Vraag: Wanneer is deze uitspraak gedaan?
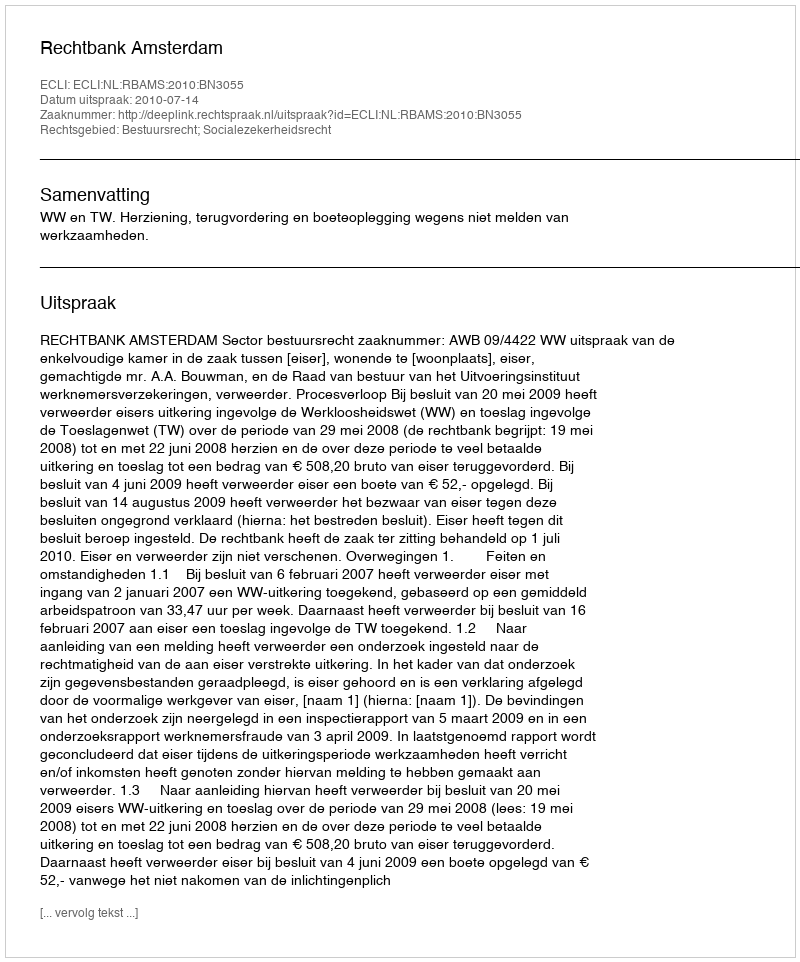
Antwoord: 2010-07-14